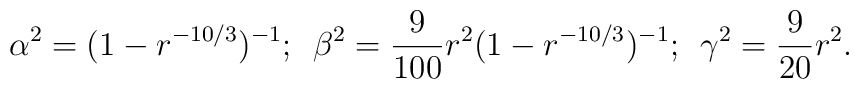
\alpha^2 = (1-r^{-10/3})^{-1}; \hspace{2mm} \beta^2 = \frac{9}{100}r^2 (1-r^{-10/3})^{-1}; \hspace{2mm} \gamma^2 = \frac{9}{20} r^2.